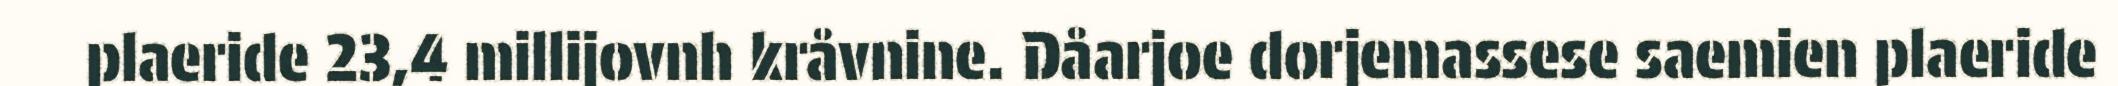
plaeride 23,4 millijovnh kråvnine. Dåarjoe dorjemassese saemien plaeride